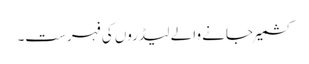
کشمیرجانے والے لیڈروں کی فہرست۔